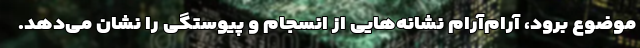
موضوع برود، آرام‌آرام نشانه‌هایی از انسجام و پیوستگی را نشان می‌دهد.